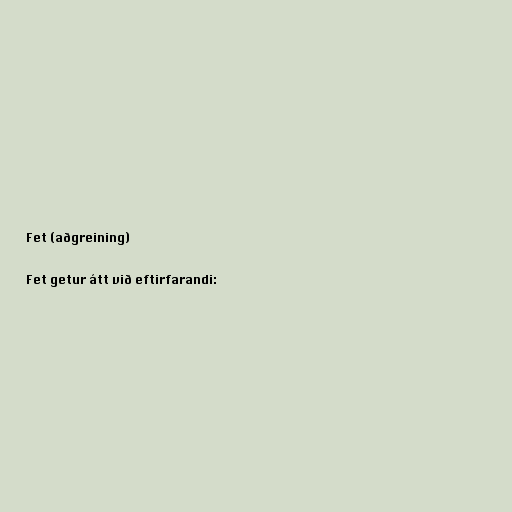
Fet (aðgreining)

Fet getur átt við eftirfarandi: